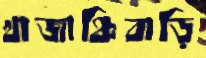
খাজাঞ্চিবাড়ি